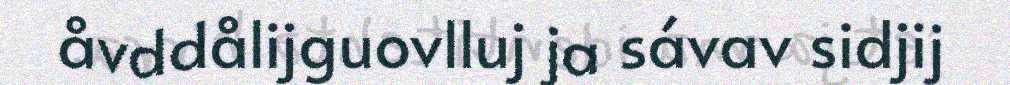
åvddålijguovlluj ja sávav sidjij